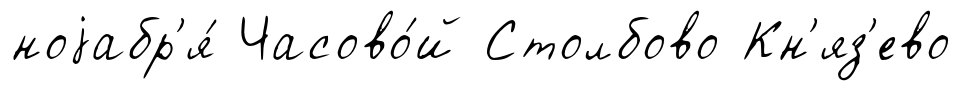
ноjабр'я́ Часово́й Столбово Кн'яз'ево